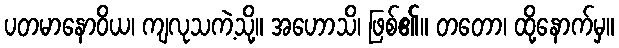
ပတမာနောဝိယ၊ ကျလုသကဲ့သို့။ အဟောသိ၊ ဖြစ်၏။ တတော၊ ထို့နောက်မှ။